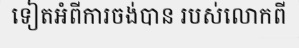
ទៀតអំពីការចង់បាន របស់លោកពី